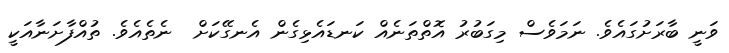
ވަނީ ބާރަށުގައެވެ. ނަމަވެސް މިގަބުރު އޮތްތަނެއް ކަނޑައެޅިގެން އެނގޭކަށް  ނެތެއެވެ. ތުއްފާށަނާއަކީ